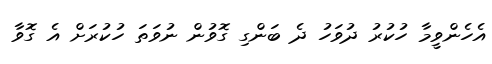
އެހެންވީމާ ހުކުރު ދުވަހު ދެ ބަންގި ގޮވުން ނުވަތަ ހުކުރަށް އެ ގޮވާ